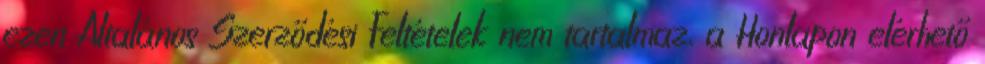
ezen Általános Szerződési Feltételek nem tartalmaz, a Honlapon elérhető